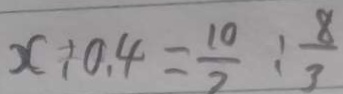
x : 0 . 4 = \frac { 1 0 } { 2 } : \frac { 8 } { 3 }